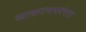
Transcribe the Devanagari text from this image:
व्याकरणपरंपरा